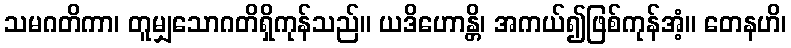
သမဂတိကာ၊ တူမျှသောဂတိရှိကုန်သည်။ ယဒိဟောန္တိ၊ အကယ်၍ဖြစ်ကုန်အံ့။ တေနဟိ၊